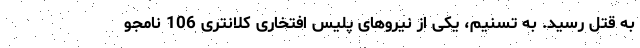
به قتل رسید. به تسنیم، یکی از نیروهای پلیس افتخاری کلانتری 106 نامجو